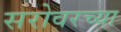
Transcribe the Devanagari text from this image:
सरोवरच्या